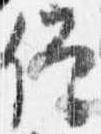
僧